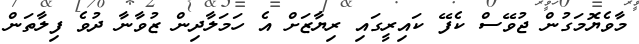
މާވެޔޮމަގުން ޖުވޭސް ކެފޭ ކައިރީގައި ރިޔާޒަށް އެ ހަމަލާދިން ޒުވާނާ ދުވެ ފިލާތަން